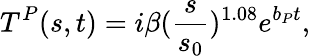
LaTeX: T^{P}(s,t)=i\beta(\frac{s}{s_{0}})^{1.08}e^{b_{P}t},